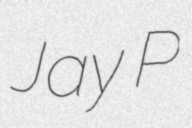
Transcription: Jay P